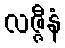
လဇ္ဇီနံ